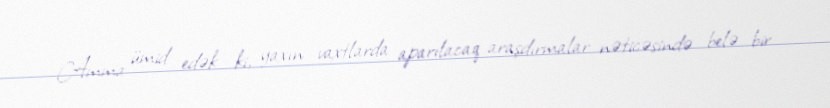
Amma ümid edək ki, yaxın vaxtlarda aparılacaq araşdırmalar nəticəsində belə bir